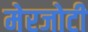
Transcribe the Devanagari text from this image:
मेरजोटी